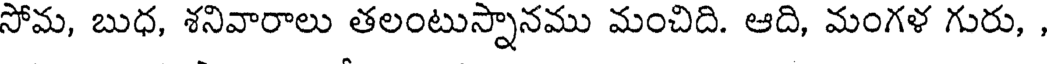
సోమ, బుధ, శనివారాలు తలంటుస్నానము మంచిది. ఆది, మంగళ గురు,